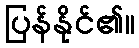
ပြန်နိုင်၏။